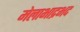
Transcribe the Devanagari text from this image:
मेलाभाद्रभद